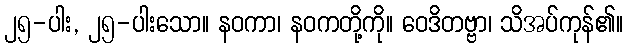
၂၅-ပါး, ၂၅-ပါးသော။ နဝကာ၊ နဝကတို့ကို။ ဝေဒိတဗ္ဗာ၊ သိအပ်ကုန်၏။